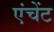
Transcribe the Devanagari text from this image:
एंचेंट